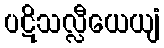
ပဋိသလ္လီယေယျံ